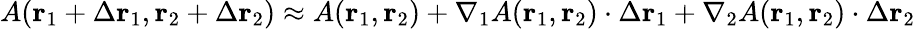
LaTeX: A(\mathbf{r}_{1}+\Delta\mathbf{r}_{1},\mathbf{r}_{2}+\Delta\mathbf{r}_{2})\approx A(\mathbf{r}_{1},\mathbf{r}_{2})+\nabla_{1}A(\mathbf{r}_{1},\mathbf{r}_{2})\cdot\Delta\mathbf{r}_{1}+\nabla_{2}A(\mathbf{r}_{1},\mathbf{r}_{2})\cdot\Delta\mathbf{r}_{2}